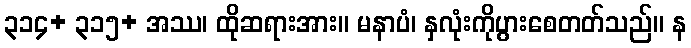
၃၁၄+ ၃၁၅+ အဿ၊ ထိုဆရားအား။ မနာပံ၊ နှလုံးကိုပွားစေတတ်သည်။ န